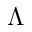
\Lambda